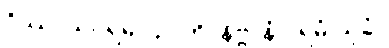
ဝိဿာသပရမာ ဉာတိ၊ နိဗ္ဗာနံ ပရမံ သုခံ။